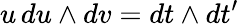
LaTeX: u\, du\wedge dv=dt\wedge dt^{\prime}